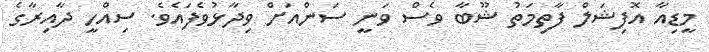
މީޑިއާ އޮފިޝަލް ފާތިމަތު ޝޫބާ ވެސް ވަނީ ސަންއަށް ވިދާޅުވެފައެވެ. ސިއްހީ ދާއިރާގެ